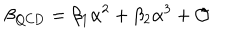
\beta _ { \mathrm { Q C D } } = \beta _ { 1 } \alpha ^ { 2 } + \beta _ { 2 } \alpha ^ { 3 } + \mathcal { O }